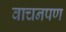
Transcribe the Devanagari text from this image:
वाचनपण